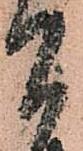
間